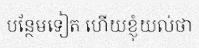
បន្ថែមទៀត ហើយខ្ញុំយល់ថា